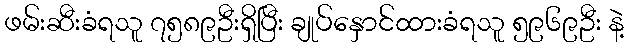
ဖမ်းဆီးခံရသူ ၇၅၈၉ဦးရှိပြီး ချုပ်နှောင်ထားခံရသူ ၅၉၆၉ဦး နဲ့